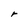
Character: r